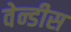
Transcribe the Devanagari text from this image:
वेन्डीस